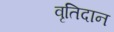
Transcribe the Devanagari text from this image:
वृतिदान